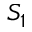
S _ { 1 }